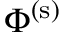
\Phi ^ { ( \mathrm { s } ) }